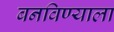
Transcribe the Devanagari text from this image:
बनविण्याला